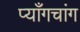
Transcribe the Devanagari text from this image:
प्याँगचांग